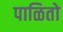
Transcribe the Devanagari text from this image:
पाळितो